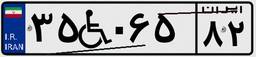
۳۵W۰۶۵۸۲